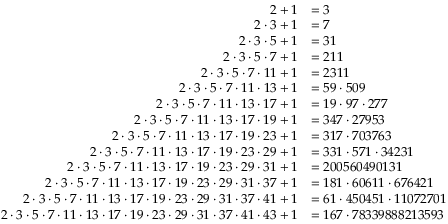
\begin{array} { r l } { 2 + 1 } & { = 3 } \\ { 2 \cdot 3 + 1 } & { = 7 } \\ { 2 \cdot 3 \cdot 5 + 1 } & { = 3 1 } \\ { 2 \cdot 3 \cdot 5 \cdot 7 + 1 } & { = 2 1 1 } \\ { 2 \cdot 3 \cdot 5 \cdot 7 \cdot 1 1 + 1 } & { = 2 3 1 1 } \\ { 2 \cdot 3 \cdot 5 \cdot 7 \cdot 1 1 \cdot 1 3 + 1 } & { = 5 9 \cdot 5 0 9 } \\ { 2 \cdot 3 \cdot 5 \cdot 7 \cdot 1 1 \cdot 1 3 \cdot 1 7 + 1 } & { = 1 9 \cdot 9 7 \cdot 2 7 7 } \\ { 2 \cdot 3 \cdot 5 \cdot 7 \cdot 1 1 \cdot 1 3 \cdot 1 7 \cdot 1 9 + 1 } & { = 3 4 7 \cdot 2 7 9 5 3 } \\ { 2 \cdot 3 \cdot 5 \cdot 7 \cdot 1 1 \cdot 1 3 \cdot 1 7 \cdot 1 9 \cdot 2 3 + 1 } & { = 3 1 7 \cdot 7 0 3 7 6 3 } \\ { 2 \cdot 3 \cdot 5 \cdot 7 \cdot 1 1 \cdot 1 3 \cdot 1 7 \cdot 1 9 \cdot 2 3 \cdot 2 9 + 1 } & { = 3 3 1 \cdot 5 7 1 \cdot 3 4 2 3 1 } \\ { 2 \cdot 3 \cdot 5 \cdot 7 \cdot 1 1 \cdot 1 3 \cdot 1 7 \cdot 1 9 \cdot 2 3 \cdot 2 9 \cdot 3 1 + 1 } & { = 2 0 0 5 6 0 4 9 0 1 3 1 } \\ { 2 \cdot 3 \cdot 5 \cdot 7 \cdot 1 1 \cdot 1 3 \cdot 1 7 \cdot 1 9 \cdot 2 3 \cdot 2 9 \cdot 3 1 \cdot 3 7 + 1 } & { = 1 8 1 \cdot 6 0 6 1 1 \cdot 6 7 6 4 2 1 } \\ { 2 \cdot 3 \cdot 5 \cdot 7 \cdot 1 1 \cdot 1 3 \cdot 1 7 \cdot 1 9 \cdot 2 3 \cdot 2 9 \cdot 3 1 \cdot 3 7 \cdot 4 1 + 1 } & { = 6 1 \cdot 4 5 0 4 5 1 \cdot 1 1 0 7 2 7 0 1 } \\ { 2 \cdot 3 \cdot 5 \cdot 7 \cdot 1 1 \cdot 1 3 \cdot 1 7 \cdot 1 9 \cdot 2 3 \cdot 2 9 \cdot 3 1 \cdot 3 7 \cdot 4 1 \cdot 4 3 + 1 } & { = 1 6 7 \cdot 7 8 3 3 9 8 8 8 2 1 3 5 9 3 } \end{array}